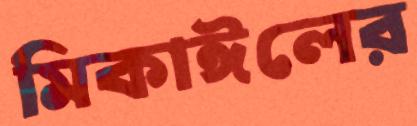
মিকাঈলের